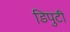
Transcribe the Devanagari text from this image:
डिपुटी